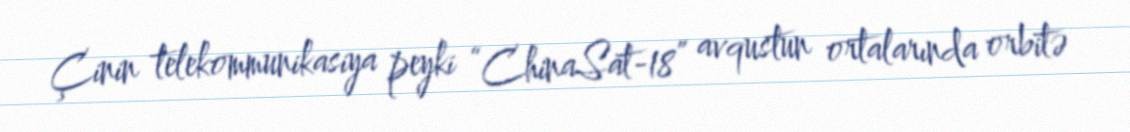
Çinin telekommunikasiya peyki “ChinaSat-18” avqustun ortalarında orbitə